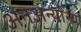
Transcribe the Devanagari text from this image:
अनअन्‍योन्‍य